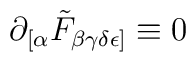
\partial_{[\alpha}\tilde{F}_{\beta\gamma\delta\epsilon ]} \equiv 0